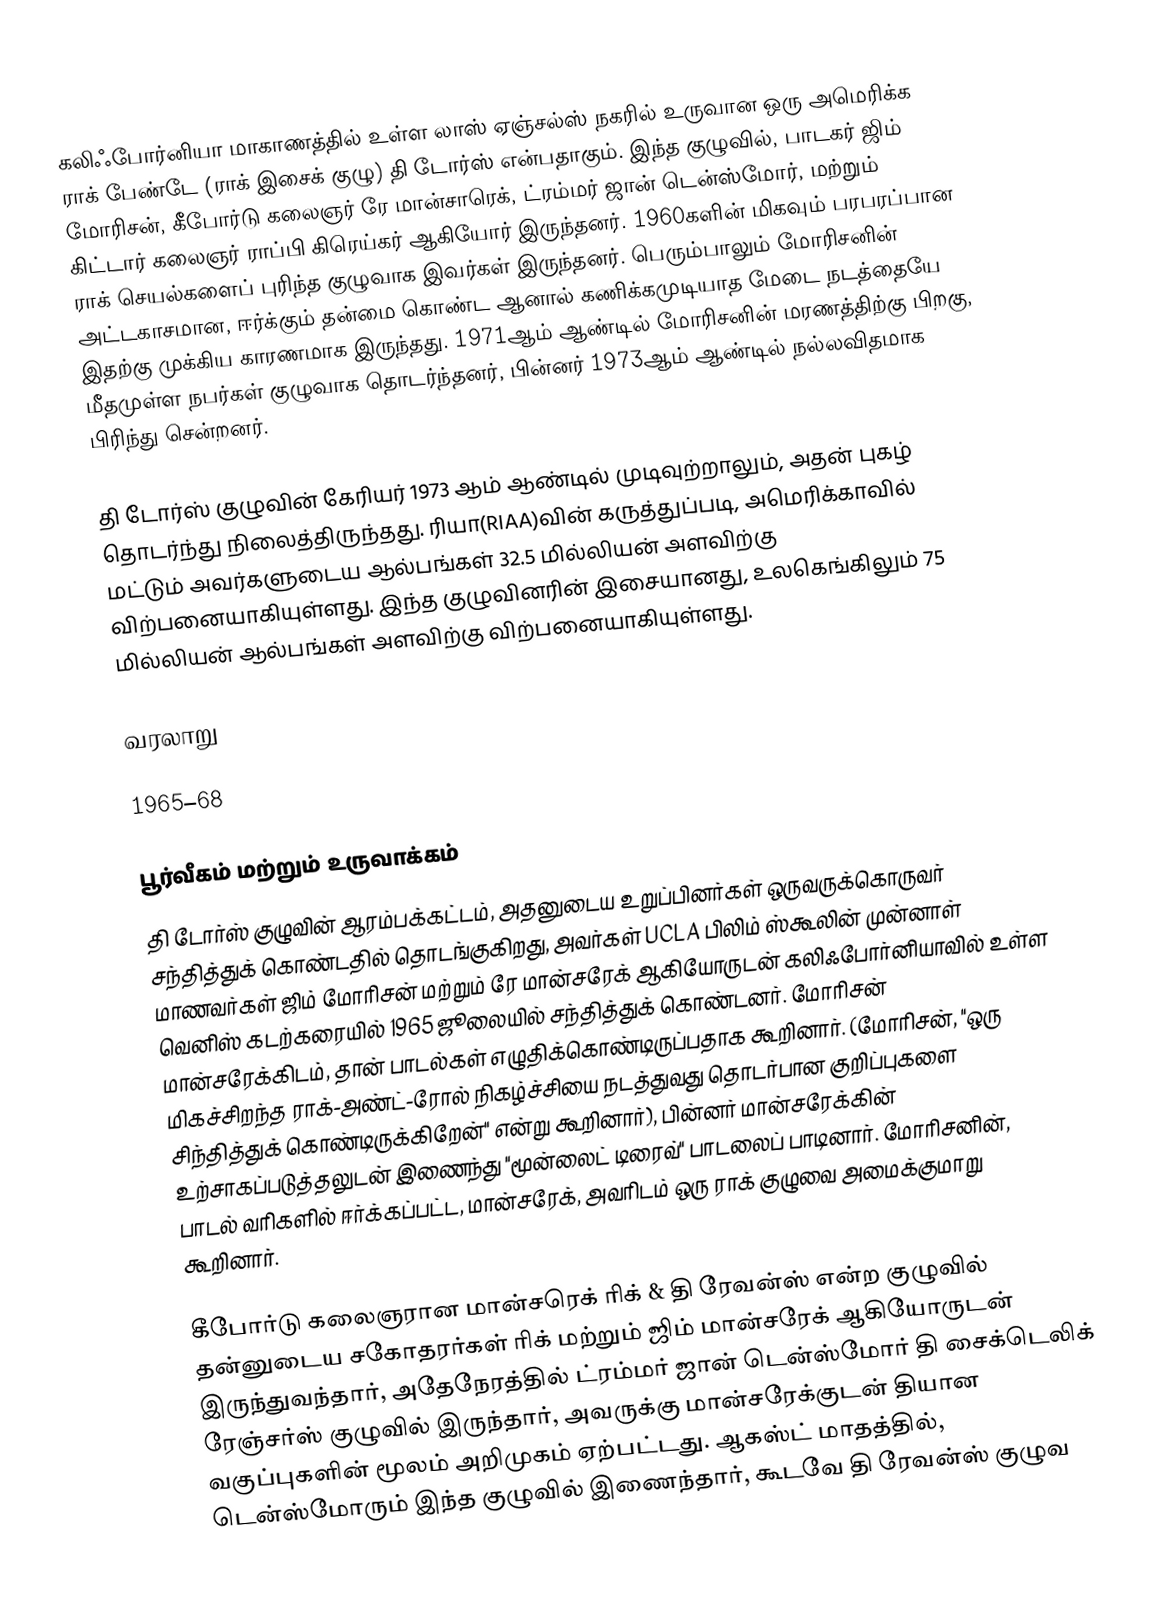
கலிஃபோர்னியா மாகாணத்தில் உள்ள லாஸ் ஏஞ்சல்ஸ் நகரில் உருவான ஒரு அமெரிக்க ராக் பேண்டே (ராக் இசைக் குழு) தி டோர்ஸ் என்பதாகும். இந்த குழுவில், பாடகர் ஜிம் மோரிசன், கீபோர்டு கலைஞர் ரே மான்சாரெக், ட்ரம்மர் ஜான் டென்ஸ்மோர், மற்றும் கிட்டார் கலைஞர் ராப்பி கிரெய்கர் ஆகியோர் இருந்தனர். 1960களின் மிகவும் பரபரப்பான ராக் செயல்களைப் புரிந்த குழுவாக இவர்கள் இருந்தனர். பெரும்பாலும் மோரிசனின் அட்டகாசமான, ஈர்க்கும் தன்மை கொண்ட ஆனால் கணிக்கமுடியாத மேடை நடத்தையே இதற்கு முக்கிய காரணமாக இருந்தது. 1971ஆம் ஆண்டில் மோரிசனின் மரணத்திற்கு பிறகு, மீதமுள்ள நபர்கள் குழுவாக தொடர்ந்தனர், பின்னர் 1973ஆம் ஆண்டில் நல்லவிதமாக பிரிந்து சென்றனர்.

தி டோர்ஸ் குழுவின் கேரியர் 1973 ஆம் ஆண்டில் முடிவுற்றாலும், அதன் புகழ் தொடர்ந்து நிலைத்திருந்தது. ரியா(RIAA)வின் கருத்துப்படி, அமெரிக்காவில் மட்டும் அவர்களுடைய ஆல்பங்கள் 32.5 மில்லியன் அளவிற்கு விற்பனையாகியுள்ளது. இந்த குழுவினரின் இசையானது, உலகெங்கிலும் 75 மில்லியன் ஆல்பங்கள் அளவிற்கு விற்பனையாகியுள்ளது.

வரலாறு

1965–68

பூர்வீகம் மற்றும் உருவாக்கம்
தி டோர்ஸ் குழுவின் ஆரம்பக்கட்டம், அதனுடைய உறுப்பினர்கள் ஒருவருக்கொருவர் சந்தித்துக் கொண்டதில் தொடங்குகிறது, அவர்கள் UCLA பிலிம் ஸ்கூலின் முன்னாள் மாணவர்கள் ஜிம் மோரிசன் மற்றும் ரே மான்சரேக் ஆகியோருடன் கலிஃபோர்னியாவில் உள்ள வெனிஸ் கடற்கரையில் 1965 ஜூலையில் சந்தித்துக் கொண்டனர். மோரிசன் மான்சரேக்கிடம், தான் பாடல்கள் எழுதிக்கொண்டிருப்பதாக கூறினார். (மோரிசன், "ஒரு மிகச்சிறந்த ராக்-அண்ட்-ரோல் நிகழ்ச்சியை நடத்துவது தொடர்பான குறிப்புகளை சிந்தித்துக் கொண்டிருக்கிறேன்" என்று கூறினார்), பின்னர் மான்சரேக்கின் உற்சாகப்படுத்தலுடன் இணைந்து "மூன்லைட் டிரைவ்" பாடலைப் பாடினார். மோரிசனின், பாடல் வரிகளில் ஈர்க்கப்பட்ட, மான்சரேக், அவரிடம் ஒரு ராக் குழுவை அமைக்குமாறு கூறினார்.

கீபோர்டு கலைஞரான மான்சரெக் ரிக் & தி ரேவன்ஸ் என்ற குழுவில் தன்னுடைய சகோதரர்கள் ரிக் மற்றும் ஜிம் மான்சரேக் ஆகியோருடன் இருந்துவந்தார், அதேநேரத்தில் ட்ரம்மர் ஜான் டென்ஸ்மோர் தி சைக்டெலிக் ரேஞ்சர்ஸ் குழுவில் இருந்தார், அவருக்கு மான்சரேக்குடன் தியான வகுப்புகளின் மூலம் அறிமுகம் ஏற்பட்டது. ஆகஸ்ட் மாதத்தில், டென்ஸ்மோரும் இந்த குழுவில் இணைந்தார், கூடவே தி ரேவன்ஸ் குழுவ